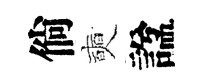
倘奭諡